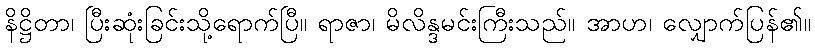
နိဋ္ဌိတာ၊ ပြီးဆုံးခြင်းသို့ရောက်ပြီ။ ရာဇာ၊ မိလိန္ဒမင်းကြီးသည်။ အာဟ၊ လျှောက်ပြန်၏။